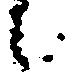
候